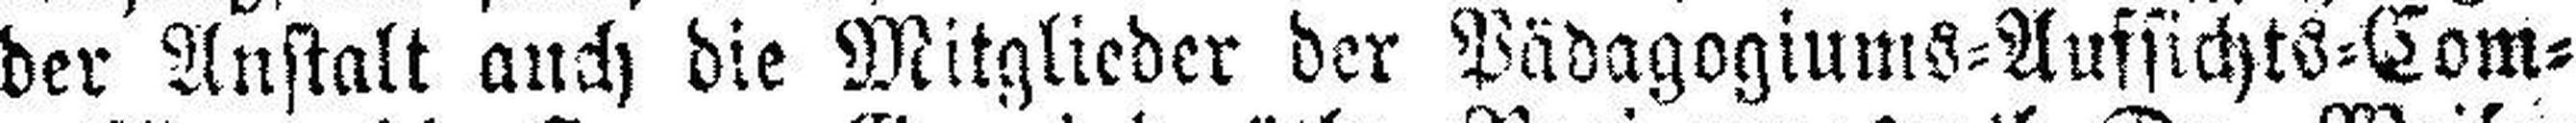
der Anstalt auch die Mitglieder der Pädagogiums=Aufsichts=Com¬